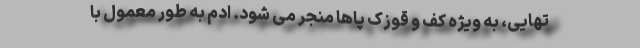
تهایی، به ویژه کف و قوزک پاها منجر می شود. اِدِم به طور معمول با